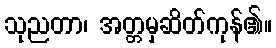
သုညတာ၊ အတ္တမှဆိတ်ကုန်၏။